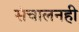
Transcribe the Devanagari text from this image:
संचालनही